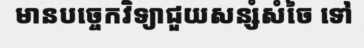
មានបច្ចេកវិទ្យាជួយសន្សំសំចៃ ទៅ